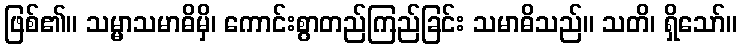
ဖြစ်၏။ သမ္မာသမာဓိမှိ၊ ကောင်းစွာတည်ကြည်ခြင်း သမာဓိသည်။ သတိ၊ ရှိသော်။